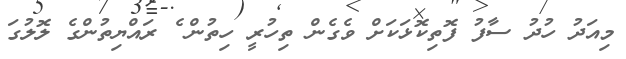
މިއަދު ހުދު ސާފު ފޮތިކޮޅަކަށް ވެގެން ތިހުރީ ހިތުން ެެ ރައްޔިތުންގެ ލޮލުގަ